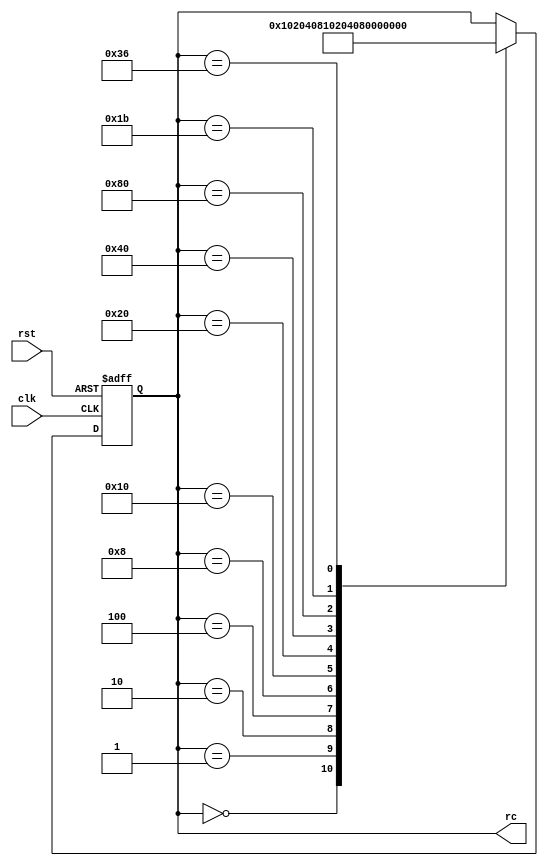
module round_const( clk, rst, rc );
  input clk, rst;
  output reg [7:0] rc;
  
  wire clk;
  wire rst;
 
  always @(posedge clk or posedge rst)
  begin
      if(rst)
          rc <= 8'h 36;
      else
          case(rc)
              8'h 00: rc<= 8'h 01;
              8'h 01: rc<= 8'h 02;
              8'h 02: rc<= 8'h 04;
              8'h 04: rc<= 8'h 08;
              8'h 08: rc<= 8'h 10;
              8'h 10: rc<= 8'h 20;
              8'h 20: rc<= 8'h 40;
              8'h 40: rc<= 8'h 80;
              8'h 80: rc<= 8'h 1b;
              8'h 1b: rc<= 8'h 36;
              8'h 36: rc<= 8'h 00;
          endcase
  end
 
endmodule
 
module round_ctr( clk, rst, firstRnd, finalRnd );
    input clk, rst;
    output firstRnd, finalRnd;
    
    wire firstRnd;
    wire finalRnd;
    wire clk;
    wire rst;
 
    reg [10:0] rndCtr;
    always @(posedge clk or posedge rst)
    begin
        if(rst)
            rndCtr <= 11'b 10000000000;
        else
            rndCtr <= {rndCtr[9:0],rndCtr[10]};
    end
    assign firstRnd = rndCtr[0];
    //might be 10 or 9 not sure yet
    assign finalRnd = rndCtr[10];
endmodule